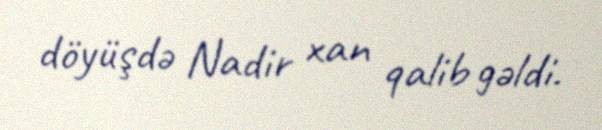
döyüşdə Nadir xan qalib gəldi.